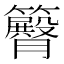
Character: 𥷝